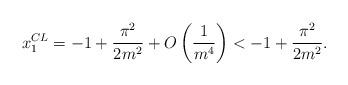
LaTeX: \begin{align*}x_{1}^{CL}=-1+\frac{\pi ^{2}}{2m^{2}}+O\left( \frac{1}{m^{4}}\right) <-1+\frac{\pi ^{2}}{2m^{2}}. \end{align*}